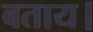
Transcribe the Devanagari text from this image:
बताय।